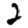
Digit: 2